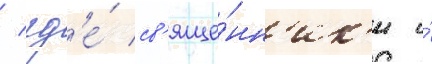
/ гд'е́ св'яще́нн'ик'и и́